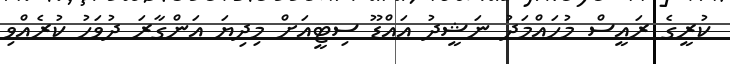
ކުރީގެ ރައީސް މުހައްމަދު ނަޝީދު އައްޑޫ ސިޓީއަށް މިދިޔަ އަންގާރަ ދުވަހު ކުރެއްވި